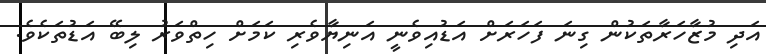
އަދި މުޒާހަރާތަކުން ގިނަ ފަހަރަށް އަޑުއިވެނީ އަނިޔާވެރި ކަމަށް ހިތްވަރު ލިބޭ އަޑުތަކެވެ.